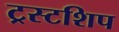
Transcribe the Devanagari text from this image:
ट्रस्टशिप